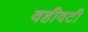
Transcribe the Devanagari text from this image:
वहीवटी